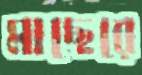
মাছেরে